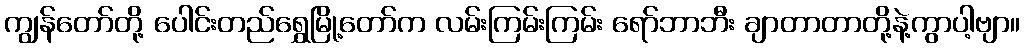
ကျွန်တော်တို့ ပေါင်းတည်ရွှေမြို့တော်က လမ်းကြမ်းကြမ်း ရော်ဘာဘီး ချာတာတာတို့နဲ့ကွာပါ့ဗျာ။